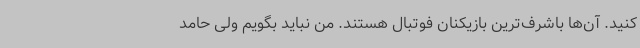
کنید. آن‌ها باشرف‌ترین بازیکنان فوتبال هستند. من نباید بگویم ولی حامد